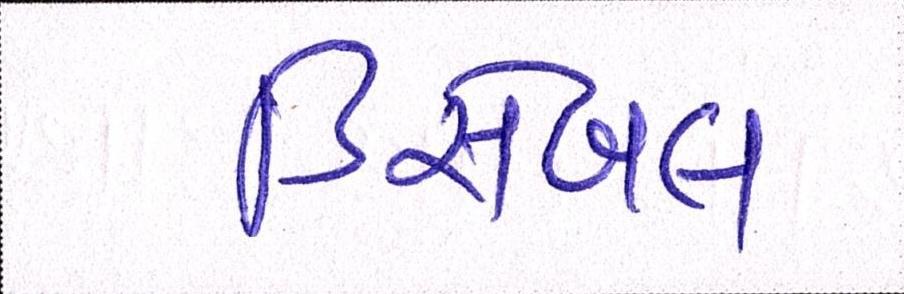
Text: ડિસેબલ